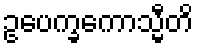
ဥပေက္ခကောသ္မီတိ